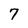
Character: 7